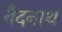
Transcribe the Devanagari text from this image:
वैदनाथ